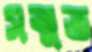
সন্মত